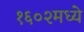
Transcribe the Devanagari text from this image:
१६०२मध्ये